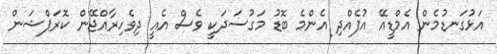
އަޅުގަނޑުމެން އެމްޑީއޭ އުފެއްދި އެންމެ ބޮޑު މަގުސަދަކީ ވެސް އެއީ ދިވެހިރާއްޖޭން ކޮރަޕްޝަން